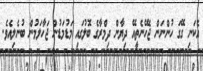
އެކަނި ގޭގަ ހުންނަން ޖެހޭނެތީއޭ ދިޔާން ދިމްރާގެ ބޮލުގައި މަޑުމަޑުން ޖަހާލަމުން ބުނެލިއެވެ.